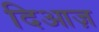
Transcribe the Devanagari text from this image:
दिआज़